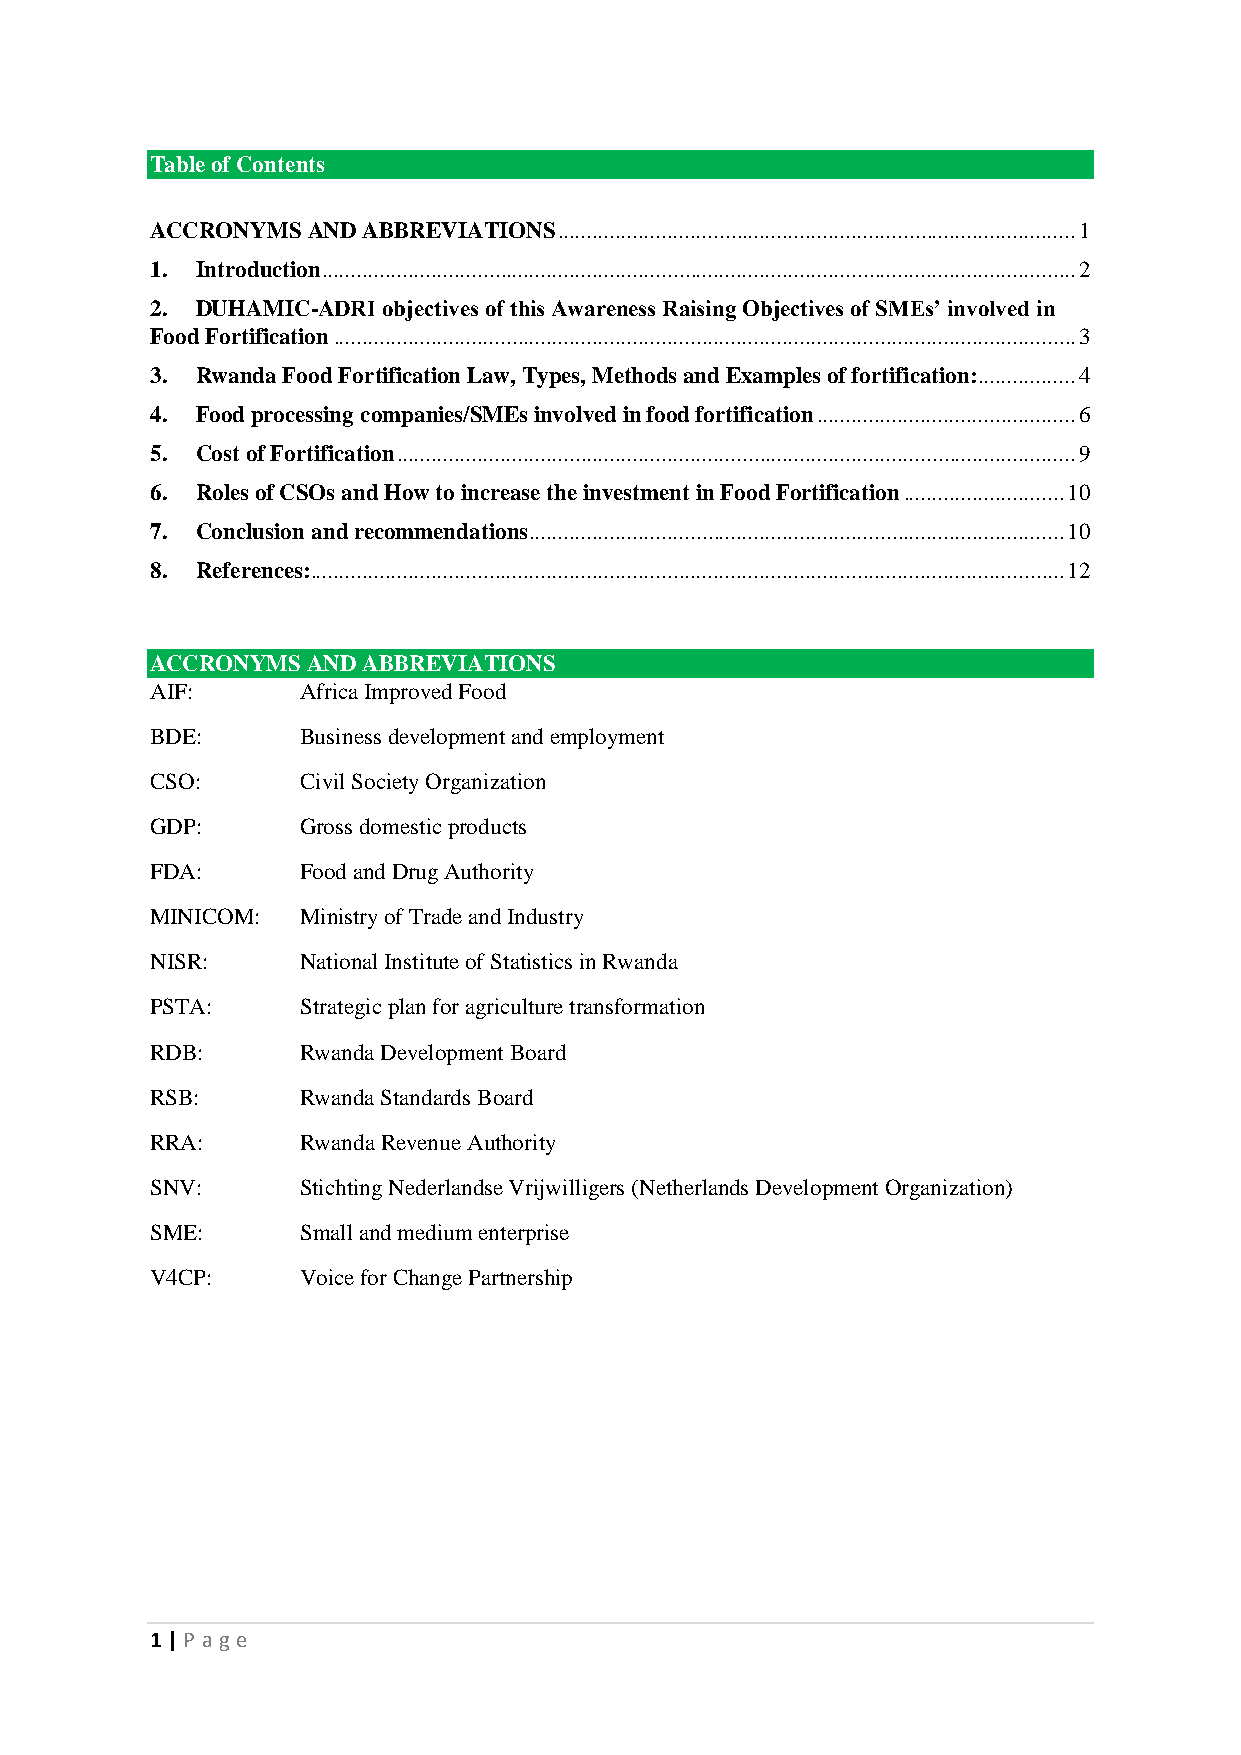
Table of Contents
 ACCRONYMS AND ABBREVIATIONS .......................................................................................... 1
 1. Introduction ................................................................................................................................... 2
 2. DUHAMIC-ADRI objectives of this Awareness Raising Objectives of SMEs’ involved in
 Food Fortification ................................................................................................................................. 3
 3. Rwanda Food Fortification Law, Types, Methods and Examples of fortification: ................. 4
 4. Food processing companies/SMEs involved in food fortification ............................................. 6
 5. Cost of Fortification ...................................................................................................................... 9
 6. Roles of CSOs and How to increase the investment in Food Fortification ............................ 10
 7. Conclusion and recommendations ............................................................................................. 10
 8. References: ................................................................................................................................... 12
 ACCRONYMS AND ABBREVIATIONS
 AIF:      Africa Improved Food
 BDE:      Business development and employment
 CSO:      Civil Society Organization
 GDP:      Gross domestic products
 FDA:      Food and Drug Authority
 MINICOM:  Ministry of Trade and Industry
 NISR:     National Institute of Statistics in Rwanda
 PSTA:     Strategic plan for agriculture transformation
 RDB:      Rwanda Development Board
 RSB:      Rwanda Standards Board
 RRA:      Rwanda Revenue Authority
 SNV:      Stichting Nederlandse Vrijwilligers (Netherlands Development Organization)
 SME:      Small and medium enterprise
 V4CP:     Voice for Change Partnership
 1 | P age